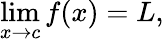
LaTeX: \operatorname*{lim}_{x\to c}f(x)=L,